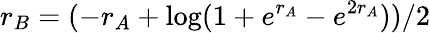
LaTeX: r_{B}=(-r_{A}+\log(1+e^{r_{A}}-e^{2r_{A}}))/2